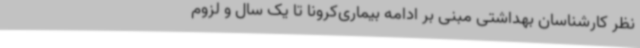
نظر کارشناسان بهداشتی مبنی بر ادامه بیماری‌کرونا تا یک سال و لزوم